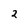
Character: 2